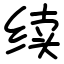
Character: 续